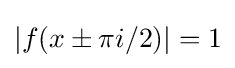
|f(x\pm \pi i/2)|=1